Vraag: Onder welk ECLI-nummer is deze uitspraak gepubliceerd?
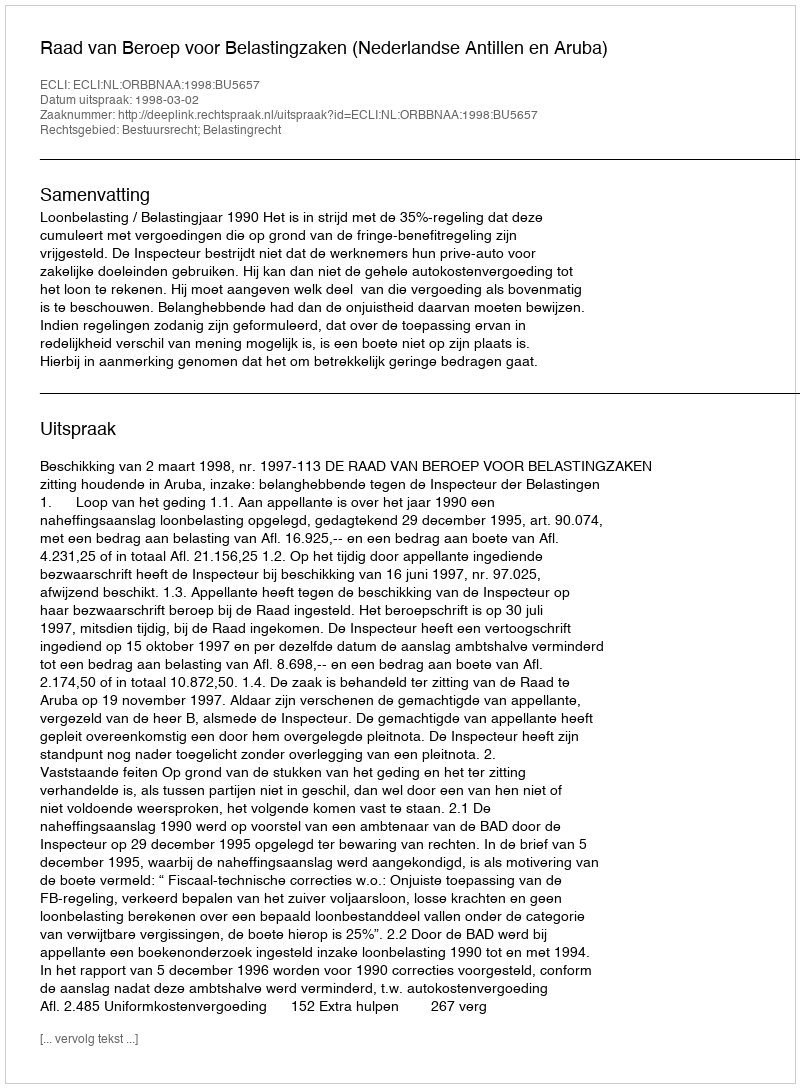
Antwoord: ECLI:NL:ORBBNAA:1998:BU5657